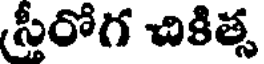
(స్రీరోగ చికిత్స